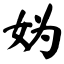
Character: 妫